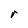
Character: r